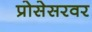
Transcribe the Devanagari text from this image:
प्रोसेसरवर